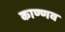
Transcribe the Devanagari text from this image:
काण्णव